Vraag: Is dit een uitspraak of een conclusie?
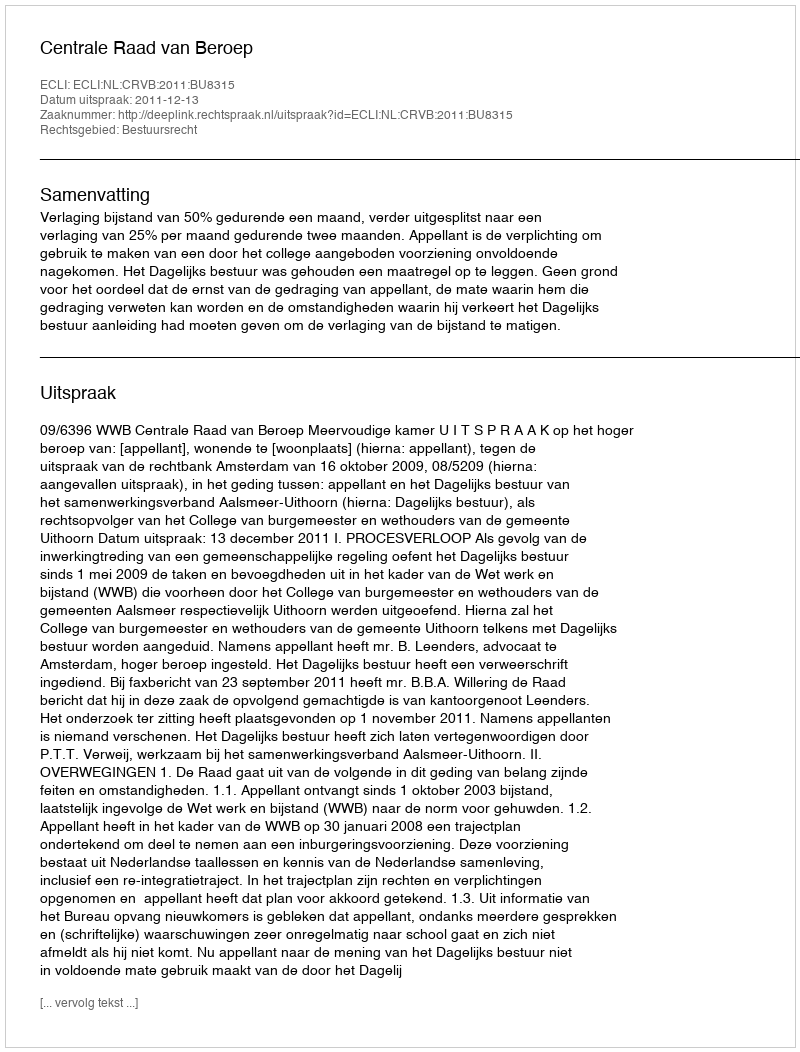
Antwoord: Uitspraak